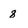
Character: 8